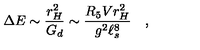
\Delta E \sim { \frac { r _ { H } ^ { 2 } } { G _ { d } } } \sim { \frac { R _ { 5 } V r _ { H } ^ { 2 } } { g ^ { 2 } \ell _ { s } ^ { 8 } } } \quad ,